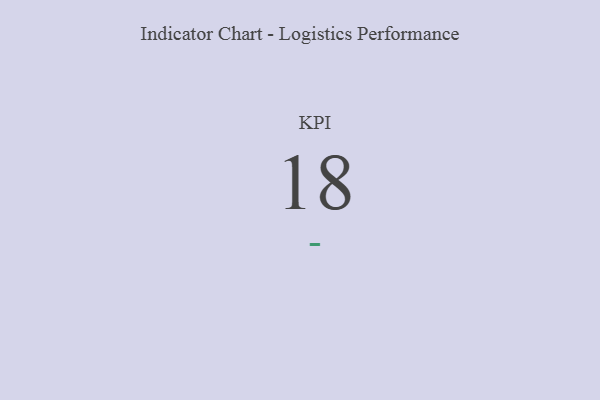
{"axis": {"x": "KPI", "y": "Value"}, "legend": [""], "data": [{"x": "KPI", "y": 18, "type": ""}]}